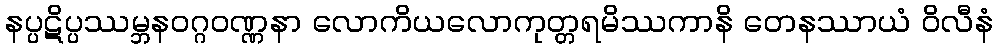
နပ္ပဋိပ္ပဿမ္ဘနဝဂ္ဂဝဏ္ဏနာ လောကိယလောကုတ္တရမိဿကာနိ တေနဿာယံ ဝိလီနံ